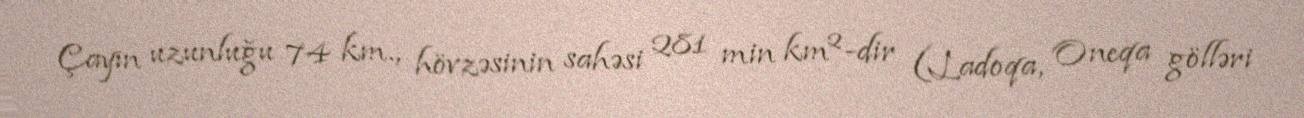
Çayın uzunluğu 74 km., hövzəsinin sahəsi 281 min km²-dir (Ladoqa, Oneqa gölləri